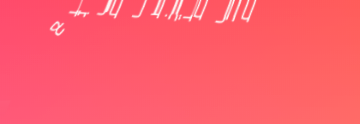
محل متخصص في بيع أدوات ال